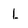
Character: 1